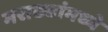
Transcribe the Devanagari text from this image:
मराठ्यांमध्ये